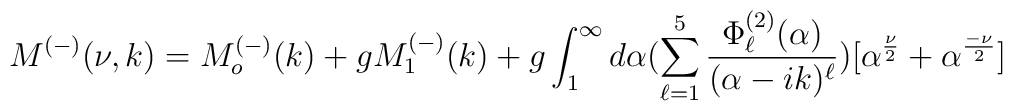
M^{(-)}(\nu,k)=M^{(-)}_o(k)+ gM_1^{(-)}(k)+g\int_{1}^{\infty}d\alpha(\sum_{\ell=1}^{5}\frac{\Phi_{\ell}^{(2)}(\alpha)}{(\alpha-ik)^{\ell}})[\alpha^{\frac{\nu}{2}}+\alpha^{\frac{-\nu}{2}}]